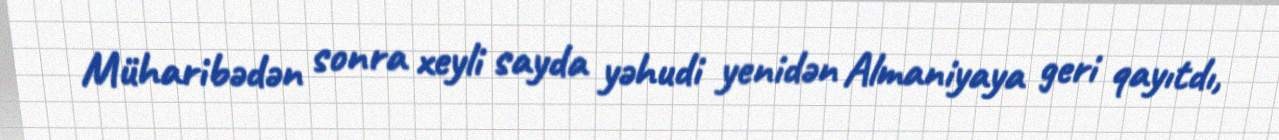
Müharibədən sonra xeyli sayda yəhudi yenidən Almaniyaya geri qayıtdı,